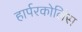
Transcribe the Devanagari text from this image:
हार्परकोलिंस